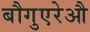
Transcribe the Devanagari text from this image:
बौगुएरेऔ